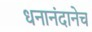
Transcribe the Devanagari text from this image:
धनानंदानेच